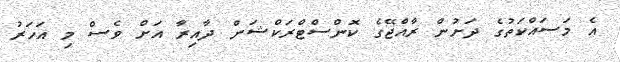
އެ މަސައްކަތުގެ ދަށުން ރާއްޖޭގެ ކޮންސްޓްރަކްޝަން ދާއިރާ އަށް ވެސް މި އަހަރު